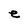
Character: e